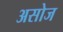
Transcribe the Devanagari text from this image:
असोज